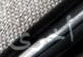
أخرى